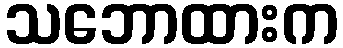
သဘောထားက